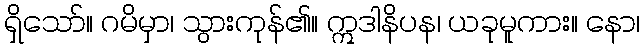
ရှိသော်။ ဂမိမှာ၊ သွားကုန်၏။ ဣဒါနိပန၊ ယခုမူကား။ နော၊